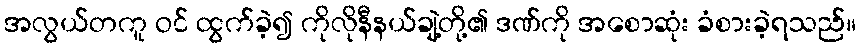
အလွယ်တကူ ဝင် ထွက်ခဲ့၍ ကိုလိုနီနယ်ချဲ့တို့၏ ဒဏ်ကို အစောဆုံး ခံစားခဲ့ရသည်။